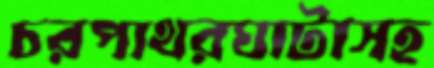
চরপাথরঘাটাসহ